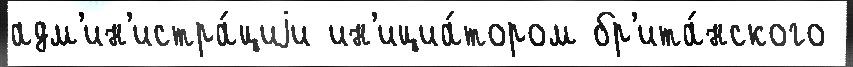
адм'ин'истра́циjи ин'ициа́тором бр'ита́нского